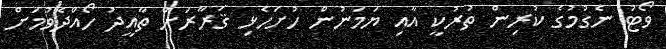
ވޯޓު ނެގުމުގެ ކުރިން ތުރުކީ އާއި ޔަމަނުން ހުށަހެޅި ޤަރާރަށް ތާއީދު ހޯއްދެވުމަށް